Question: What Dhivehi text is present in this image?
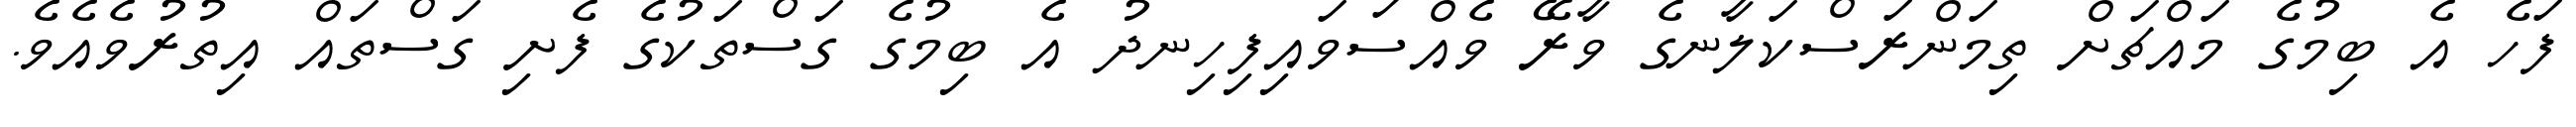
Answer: ފަހެ އެ ބިމުގެ މައްޗަށް ތިމަންރަސްކަލާނގެ ވާރޭ ވެއްސަވައިފިހިނދު އެ ބިމުގެ ގަސްތަކުގެ ފެށި ގަސްތައް އިތުރުވެއެވެ.